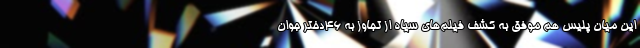
این میان پلیس هم موفق به کشف فیلم‌های سیاه از تجاوز به 46دختر جوان